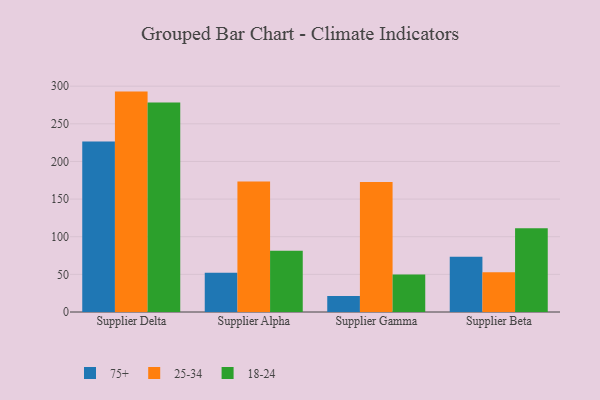
{"axis": {"x": "Supplier", "y": "Satisfaction Score"}, "legend": ["18-24", "25-34", "75+"], "data": [{"x": "Supplier Delta", "y": 226.6, "type": "75+"}, {"x": "Supplier Delta", "y": 292.8, "type": "25-34"}, {"x": "Supplier Delta", "y": 278.4, "type": "18-24"}, {"x": "Supplier Alpha", "y": 52.0, "type": "75+"}, {"x": "Supplier Alpha", "y": 173.3, "type": "25-34"}, {"x": "Supplier Alpha", "y": 81.4, "type": "18-24"}, {"x": "Supplier Gamma", "y": 21.3, "type": "75+"}, {"x": "Supplier Gamma", "y": 172.8, "type": "25-34"}, {"x": "Supplier Gamma", "y": 49.8, "type": "18-24"}, {"x": "Supplier Beta", "y": 73.4, "type": "75+"}, {"x": "Supplier Beta", "y": 52.8, "type": "25-34"}, {"x": "Supplier Beta", "y": 111.1, "type": "18-24"}]}